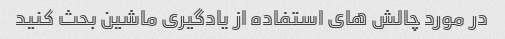
در مورد چالش های استفاده از یادگیری ماشین بحث کنید